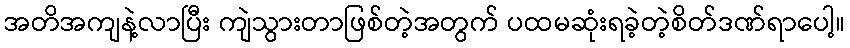
အတိအကျနဲ့လာပြီး ကျဲသွားတာဖြစ်တဲ့အတွက် ပထမဆုံးရခဲ့တဲ့စိတ်ဒဏ်ရာပေါ့။